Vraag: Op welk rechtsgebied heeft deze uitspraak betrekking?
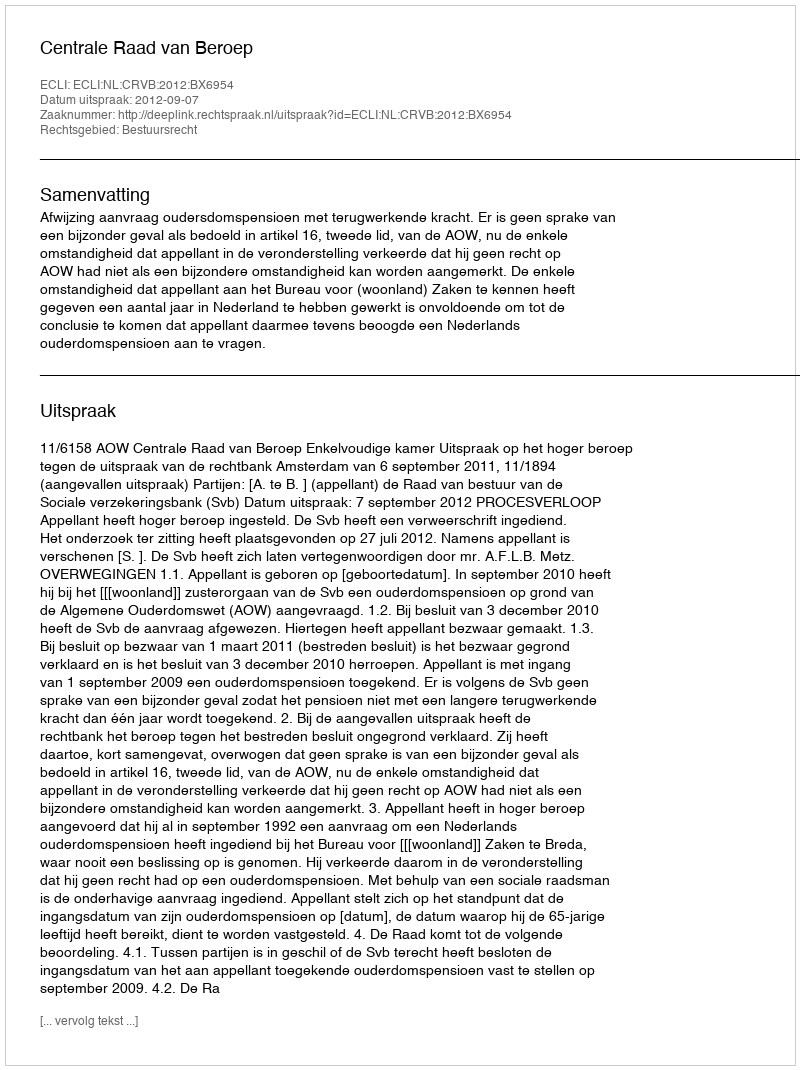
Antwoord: Bestuursrecht